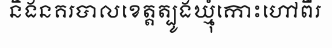
និងនគរបាលខេត្តត្បូងឃ្មុំកោះហៅពីរ